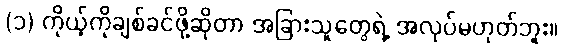
(၁) ကိုယ့်ကိုချစ်ခင်ဖို့ဆိုတာ အခြားသူတွေရဲ့ အလုပ်မဟုတ်ဘူး။